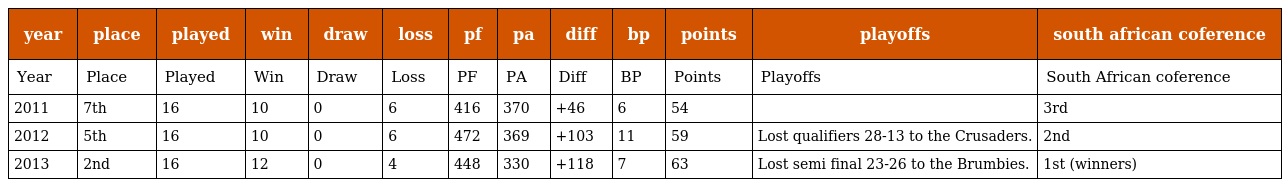
| year | place | played | win | draw | loss | pf | pa | diff | bp | points | playoffs | south african coference |
 | --- | --- | --- | --- | --- | --- | --- | --- | --- | --- | --- | --- | --- |
 | Year | Place | Played | Win | Draw | Loss | PF | PA | Diff | BP | Points | Playoffs | South African coference |
 | 2011 | 7th | 16 | 10 | 0 | 6 | 416 | 370 | +46 | 6 | 54 |  | 3rd |
 | 2012 | 5th | 16 | 10 | 0 | 6 | 472 | 369 | +103 | 11 | 59 | Lost qualifiers 28-13 to the Crusaders. | 2nd |
 | 2013 | 2nd | 16 | 12 | 0 | 4 | 448 | 330 | +118 | 7 | 63 | Lost semi final 23-26 to the Brumbies. | 1st (winners) |